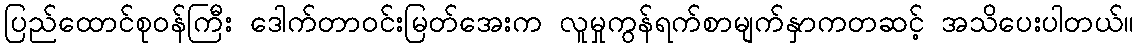
ပြည်ထောင်စုဝန်ကြီး ဒေါက်တာဝင်းမြတ်အေးက လူမှုကွန်ရက်စာမျက်နှာကတဆင့် အသိပေးပါတယ်။